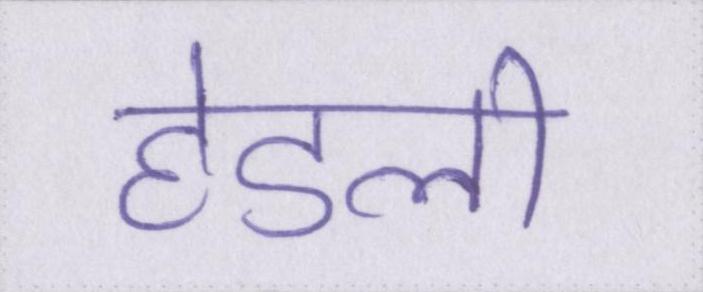
हेडली